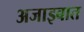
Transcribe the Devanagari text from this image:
अजाइबात